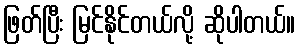
ဖြတ်ပြီး မြင်နိုင်တယ်လို့ ဆိုပါတယ်။